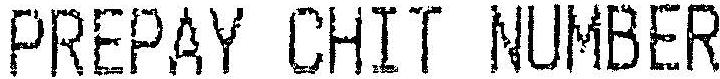
PREPAY CHIT NUMBER